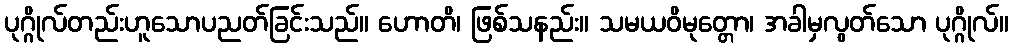
ပုဂ္ဂိုလ်တည်းဟူသောပညတ်ခြင်းသည်။ ဟောတိ၊ ဖြစ်သနည်း။ သမယဝိမုတ္တော၊ အခါမှလွတ်သော ပုဂ္ဂိုလ်။